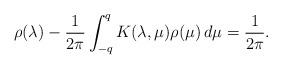
LaTeX: \begin{align*}\rho(\lambda)-\frac{1}{2\pi}\int_{-q}^{q} K(\lambda,\mu)\rho(\mu)\,d\mu=\frac{1}{2\pi}.\end{align*}